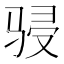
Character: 骎